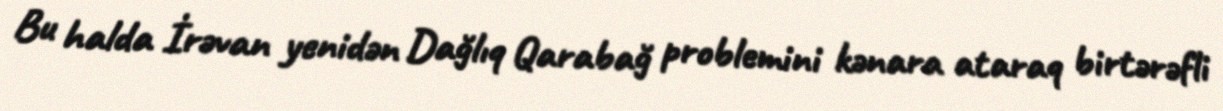
Bu halda İrəvan yenidən Dağlıq Qarabağ problemini kənara ataraq birtərəfli